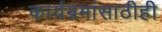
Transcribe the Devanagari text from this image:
कार्यम्रमांसाठीही